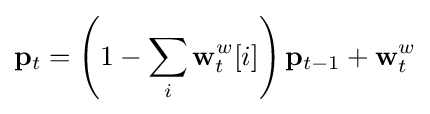
\mathbf {p} _{t}=\left(1-\sum _{i}\mathbf {w} _{t}^{w}[i]\right)\mathbf {p} _{t-1}+\mathbf {w} _{t}^{w}